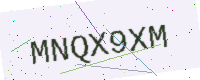
Text: MNQX9XM